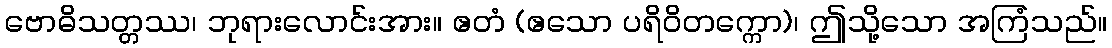
ဗောဓိသတ္တဿ၊ ဘုရားလောင်းအား။ ဧတံ (ဧသော ပရိဝိတက္ကော)၊ ဤသို့သော အကြံသည်။